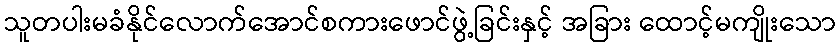
သူတပါးမခံနိုင်လောက်အောင်စကားဖောင်ဖွဲ့ခြင်းနှင့် အခြား ထောင့်မကျိုးသော